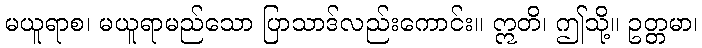
မယူရာစ၊ မယူရာမည်သော ပြာသာဒ်လည်းကောင်း။ ဣတိ၊ ဤသို့။ ဥတ္တမာ၊